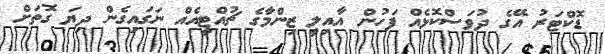
ޑޮކްޓަރު އޭގެ ދުވަސްކޮޅެއް ފަހުން އާއިލީ ޒިންމާގެ ޗުއްޓީއެއް ނަގައިގެން ދިޔަ ގޮތަށް